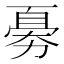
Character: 𠢘